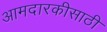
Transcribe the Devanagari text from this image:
आमदारकीसाठी